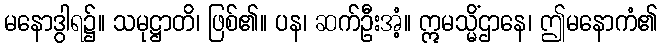
မနောဒွါရ၌။ သမုဋ္ဌာတိ၊ ဖြစ်၏။ ပန၊ ဆက်ဦးအံ့။ ဣမသ္မိံဌာနေ၊ ဤမနောကံ၏